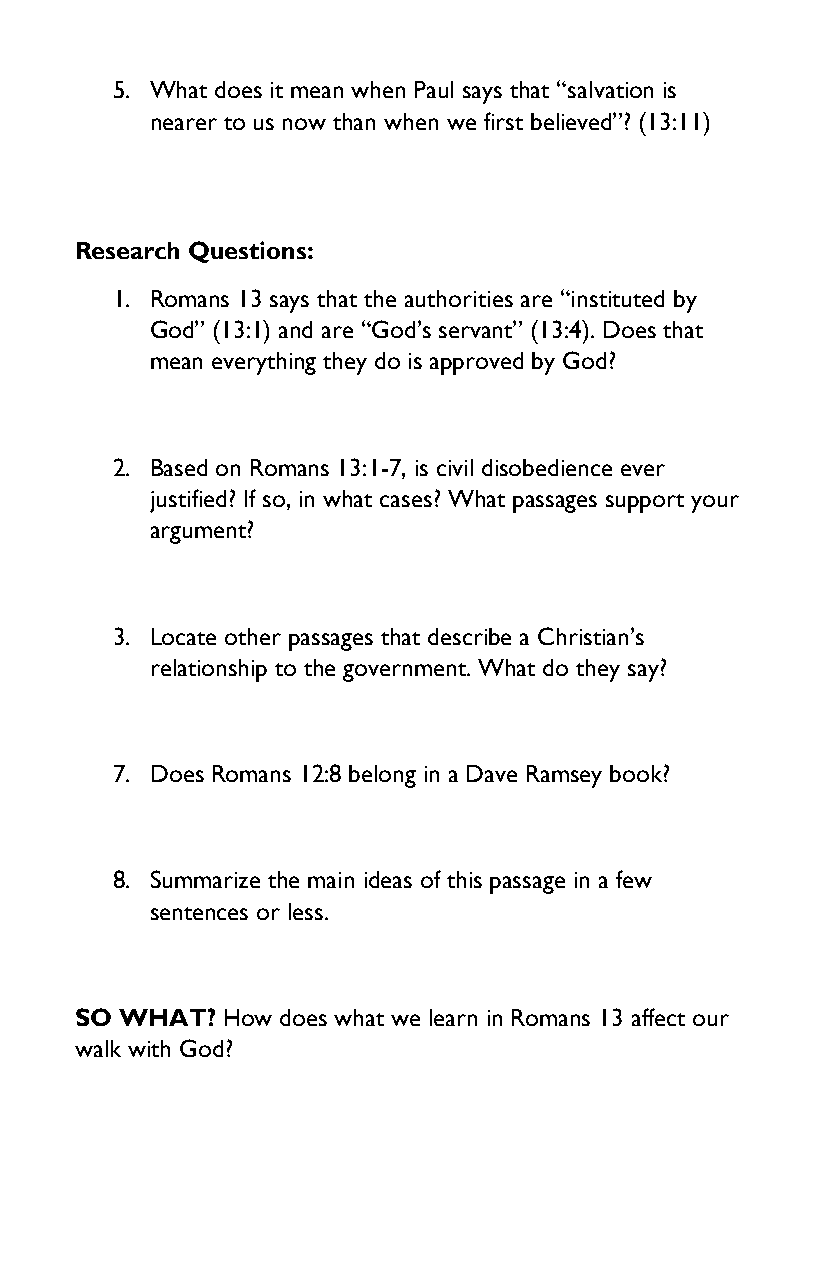
5. What does it mean when Paul says that “salvation is
 nearer to us now than when we first believed”? (13:11)
 Research Questions:
 1. Romans 13 says that the authorities are “instituted by
 God” (13:1) and are “God’s servant” (13:4). Does that
 mean everything they do is approved by God?
 2. Based on Romans 13:1-7, is civil disobedience ever
 justified? If so, in what cases? What passages support your
 argument?
 3. Locate other passages that describe a Christian’s
 relationship to the government. What do they say?
 7. Does Romans 12:8 belong in a Dave Ramsey book?
 8. Summarize the main ideas of this passage in a few
 sentences or less.
 SO WHAT?  How does what we learn in Romans 13 affect our
 walk with God?